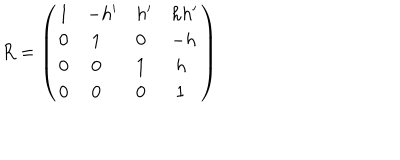
R = \left( \begin{array} { l l l l } { { 1 } } & { { - h ^ { \prime } } } & { { h ^ { \prime } } } & { { h h ^ { \prime } } } \\ { { 0 } } & { { \ 1 } } & { { 0 } } & { { - h } } \\ { { 0 } } & { { \ 0 } } & { { 1 } } & { { \ h } } \\ { { 0 } } & { { \ 0 } } & { { 0 } } & { { \ 1 } } \\ \end{array} \right)